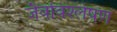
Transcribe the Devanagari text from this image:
जैवविश्लेषण